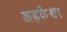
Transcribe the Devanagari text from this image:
ताड़केश्वर